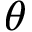
\theta